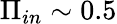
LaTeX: \Pi_{in}\sim 0.5